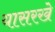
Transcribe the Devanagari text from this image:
यासरखे